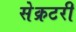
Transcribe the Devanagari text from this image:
सेेक्रटरी